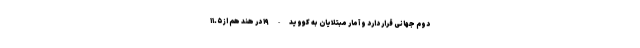
دوم جهانی قرار دارد و آمار مبتلایان به کووید-۱۹ در هند هم از ۱۱.۵